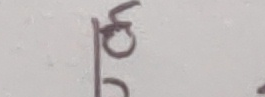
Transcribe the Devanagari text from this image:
हुन्